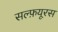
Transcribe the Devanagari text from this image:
सल्फ़यूरस